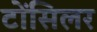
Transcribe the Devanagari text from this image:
टोंसिलर